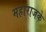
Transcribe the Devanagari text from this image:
महाराजके